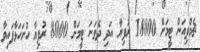
ޗެމްޕިއަން ޓީމަށް 18000 ރުފިޔާ އަދި ދެވަނަ ޓީމަށް 8000 ރުފިޔާ ހުށަހަޅާފައިވާ